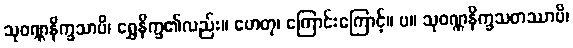
သုဝဏ္ဏနိက္ခသာပိ၊ ရွှေနိက္ခ၏လည်း။ ဟေတု၊ ကြောင်းကြောင့်။ ပ။ သုဝဏ္ဏနိက္ခသတဿာပိ၊